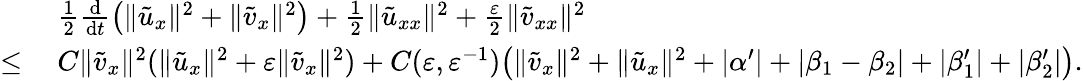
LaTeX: \begin{array}{rl}&{\ \frac 12\frac{\mathrm{d}}{\mathrm{d}t}\left(\| \tilde{u}_{x}\| ^{2}+\| \tilde{v}_{x}\| ^{2}\right)+\frac 12\| \tilde{u}_{xx}\| ^{2}+\frac{\varepsilon}{2}\| \tilde{v}_{xx}\| ^{2}}\\ {\le}&{\ C\| \tilde{v}_{x}\| ^{2}(\| \tilde{u}_{x}\| ^{2}+\varepsilon\| \tilde{v}_{x}\| ^{2})+C(\varepsilon,\varepsilon^{-1})\big(\| \tilde{v}_{x}\| ^{2}+\| \tilde{u}_{x}\| ^{2}+|\alpha^{\prime}|+|\beta_{1}-\beta_{2}|+|\beta_{1}^{\prime}|+|\beta_{2}^{\prime}|\big).}\end{array}